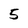
Character: 5